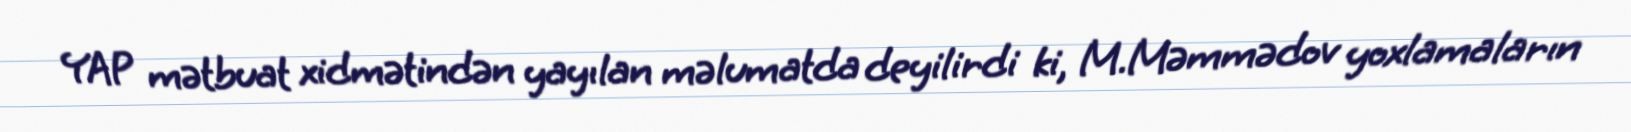
YAP mətbuat xidmətindən yayılan məlumatda deyilirdi ki, M.Məmmədov yoxlamaların